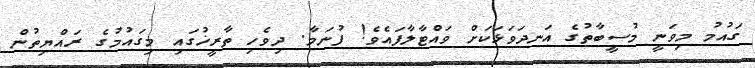
ގައުމު މިވަނީ މުސީބާތުގެ އަނދަވަޅަކަށް ވައްޓާލާފައެވެ! ފުނަމާ. ދިވެހި ތާރީޚުގައި މިގައުމުގެ ރައްޔިތުން